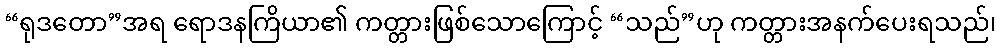
“ရုဒတော”အရ ရောဒနကြိယာ၏ ကတ္တားဖြစ်သောကြောင့် “သည်”ဟု ကတ္တားအနက်ပေးရသည်၊